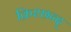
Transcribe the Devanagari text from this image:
क्रिश्छन्द्